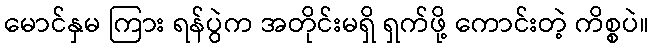
မောင်နှမ ကြား ရန်ပွဲက အတိုင်းမရှိ ရှက်ဖို့ ကောင်းတဲ့ ကိစ္စပဲ။